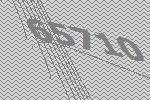
65710